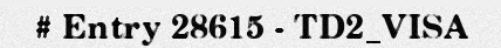
# Entry 28615 - TD2_VISA